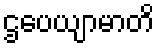
ဌပေယျာမာတိ